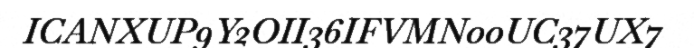
ICANXUP9Y2OII36IFVMN00UC37UX7